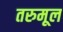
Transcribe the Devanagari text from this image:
तरुमूल